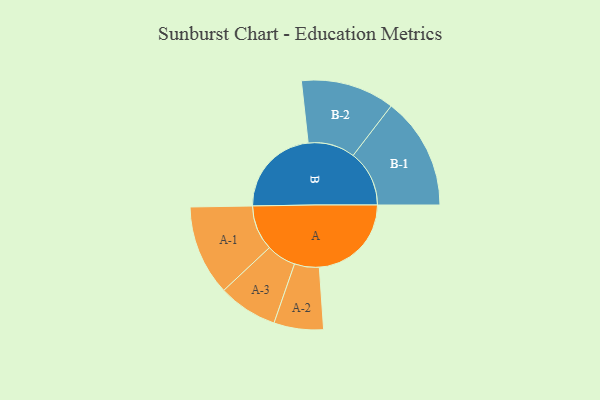
{"axis": {"x": "Segment", "y": "Value"}, "legend": ["", "A", "B"], "data": [{"x": "A", "y": 428, "type": ""}, {"x": "B", "y": 421, "type": ""}, {"x": "A-1", "y": 210, "type": "A"}, {"x": "A-2", "y": 115, "type": "A"}, {"x": "A-3", "y": 138, "type": "A"}, {"x": "B-1", "y": 261, "type": "B"}, {"x": "B-2", "y": 218, "type": "B"}]}